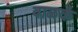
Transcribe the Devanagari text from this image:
वाळकं